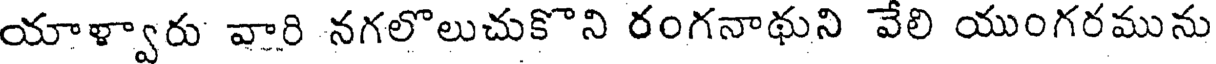
యాళ్వారు వారి నగలొలుచుకొని రంగనాథుని వేలి యుంగరమును